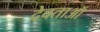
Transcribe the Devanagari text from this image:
देवताऑ